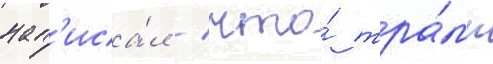
нап'иса́л / что́ тра́мп